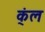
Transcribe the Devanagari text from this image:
क्ंल